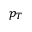
p _ { T }